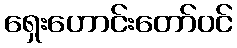
ရှေးဟောင်းတော်ဝင်